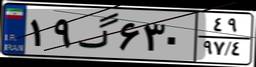
۳۷گ۱۳۱۵۵